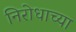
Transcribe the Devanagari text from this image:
निरोधाच्या